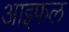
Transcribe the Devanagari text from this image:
आइफल